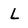
Character: L